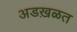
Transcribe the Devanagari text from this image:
अडख़ळत